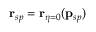
\mathbf { r } _ { s p } = \mathbf { r } _ { \eta = 0 } ( \mathbf { p } _ { s p } )